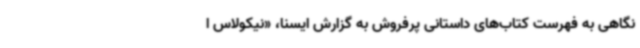
نگاهی به فهرست کتاب‌های داستانی پرفروش به گزارش ایسنا، «نیکولاس ا